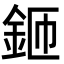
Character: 鉔